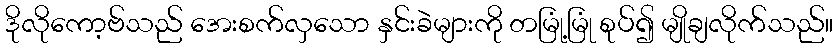
ဒိုလိုကော့ဗ်သည် အေးစက်လှသော နှင်းခဲများကို တမြုံ့မြုံ စုပ်၍ မျိုချလိုက်သည်။